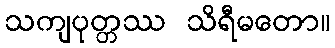
သကျပုတ္တဿ သိရီမတော။